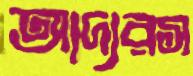
আদ্যরস